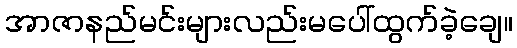
အာဇာနည်မင်းများလည်းမပေါ်ထွက်ခဲ့ချေ။